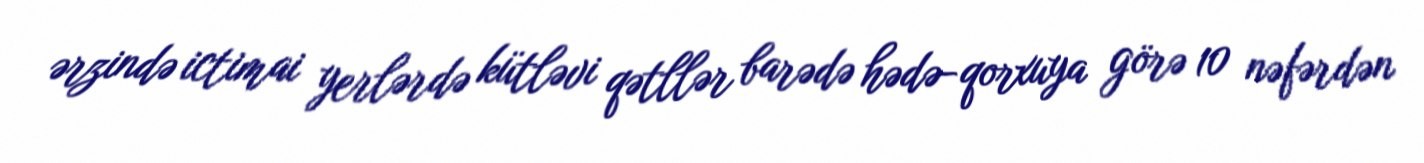
ərzində ictimai yerlərdə kütləvi qətllər barədə hədə-qorxuya görə 10 nəfərdən